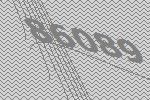
86089